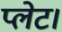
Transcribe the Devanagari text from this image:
प्लेट।